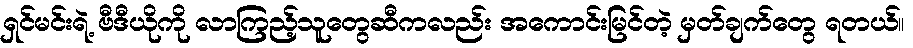
ရှင်မင်းရဲ့ ဗီဒီယိုကို လာကြည့်သူတွေဆီကလည်း အကောင်းမြင်တဲ့ မှတ်ချက်တွေ ရတယ်။